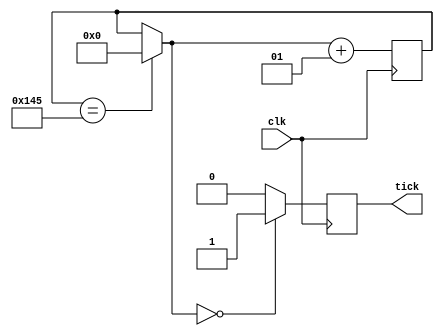
`timescale 1ns / 1ps
//////////////////////////////////////////////////////////////////////////////////
// Company: 
// Engineer: 
// 
// Design Name: 
// Module Name:    Baud_Rate_Generator 
// Project Name: 
// Target Devices: 
// Tool versions: 
// Description: 
//
// Dependencies: 
//
// Revision: 
// Revision 0.01 - File Created
// Additional Comments: 
//
//////////////////////////////////////////////////////////////////////////////////
module Baud_Rate_Generator #(parameter clk_Mhz=100, parameter baudrate=19200)(clk, tick
    );
	input clk;
	output reg tick = 0;

	integer ciclos_tick = (clk_Mhz*1000000)/(baudrate*16);
	integer contador = 0;
	
	always @(posedge clk)
		begin

			if (contador == ciclos_tick)
				contador = 0;
			
			if (contador == 0)
				tick = 1;
			else
				tick = 0;
			
			contador = contador + 1;
		end
		
endmodule